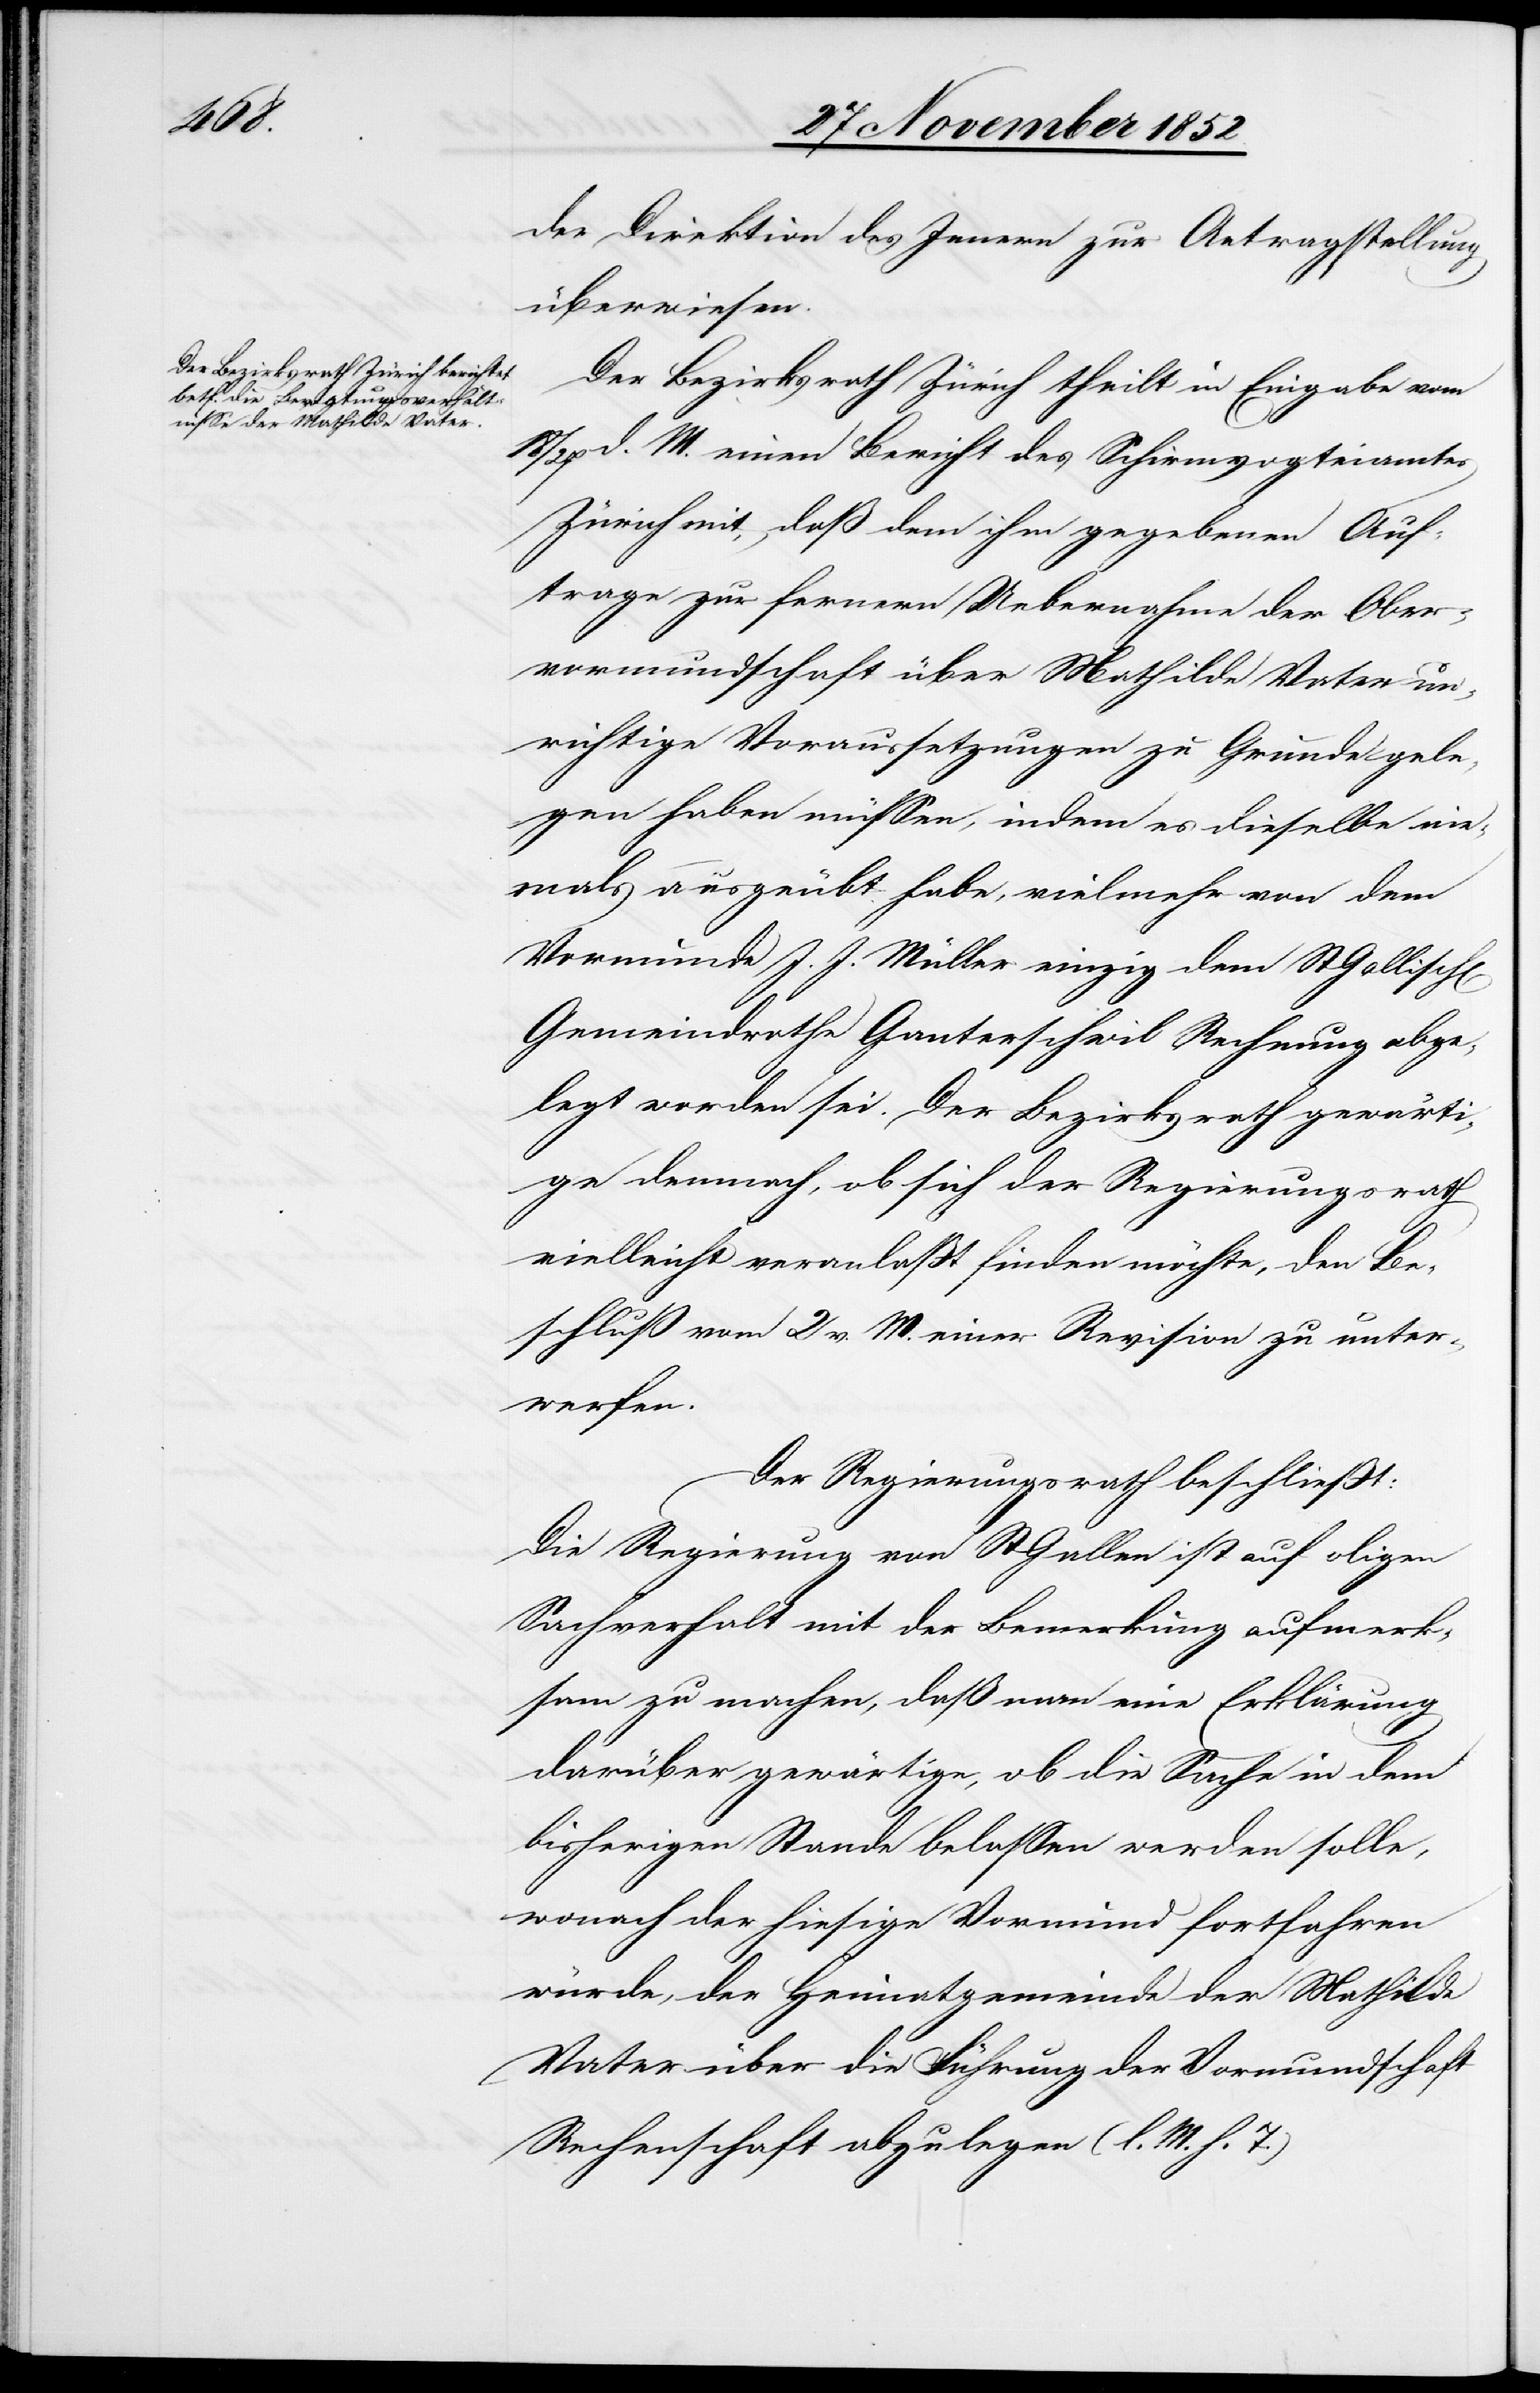
18

der Direktion des Innern zur Antragstellung
überwiesen.
Der Bezirksrath Zürich theilt in Eingabe vom
27 d. M. einen Bericht des Schirmvogteiamtes
Zürich mit, daß dem ihm gegebenen Auf¬
trage zur fernern Uebernahme der Ober¬
vormundschaft über Mathilde Vater un¬
richtige Voraussetzungen zu Grunde gele¬
gen haben müssen, indem es dieselbe ni¬
emals ausgeübt habe, vielmehr von dem
Vormunde J. J. Müller einzig dem St Gallisch[en]
Gemeindrathe Ganterschwil Rechnung abge¬
legt worden sei. Der Bezirksrath gewärti¬
ge demnach, ob sich der Regierungsrath
vielleicht veranlaßt finden möchte, den Be¬
schluß vom 2 v. M. einer Revision zu unter¬
werfen.
Der Regierungsrath beschließt:
Die Regierung von St Gallen ist auf oligen
Sachverhalt mit der Bemerkung aufmerk¬
sam zu machen, daß man eine Erklärung
darüber gewärtige, ob die Sache in dem
bisherigen Stande belassen werden solle,
wonach der hiesige Vormund fortfahren
würde, der Heimatgemeinde der Mathilde
Vater über die Führung der Vormundschaft
Rechenschaft abzulegen (l. M. h. T.)